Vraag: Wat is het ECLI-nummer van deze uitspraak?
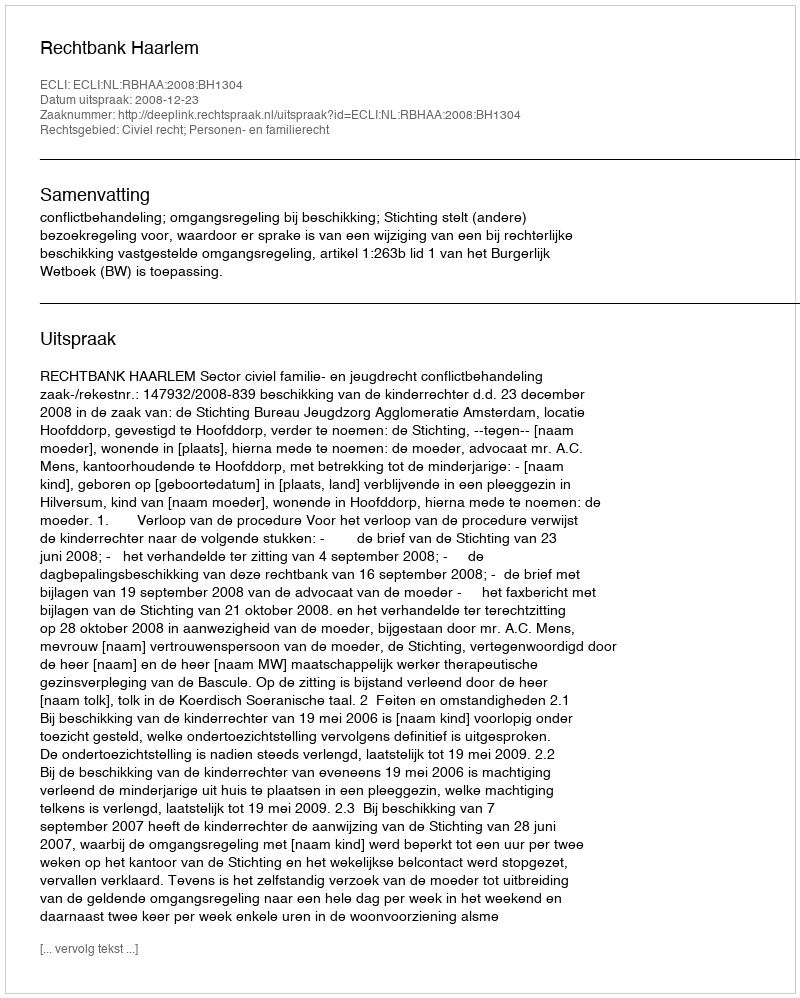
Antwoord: ECLI:NL:RBHAA:2008:BH1304